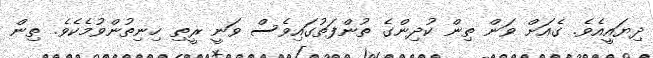
ދިޔައީއެވެ. ގެއަށް ވަން ތިން ކުދިންގެ ތުންފަތުގައިވެސް ވަނީ ރީތި ހިނިތުންވުމެކެވެ. ތިން